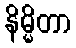
နိမ္မိတာ